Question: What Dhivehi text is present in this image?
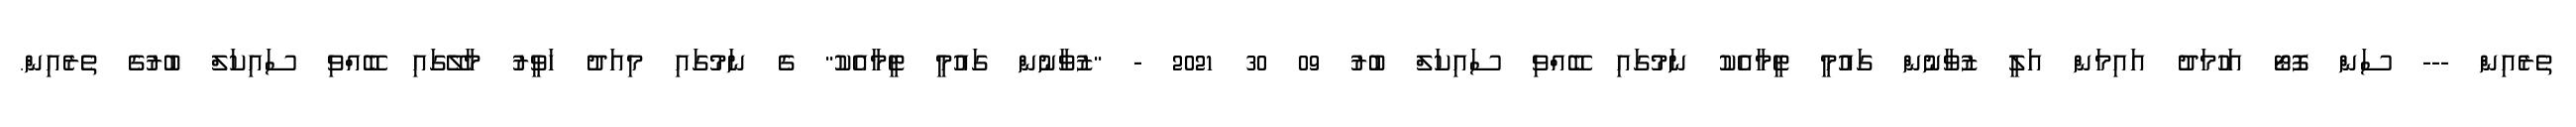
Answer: ތެރެއިން --- ސަން ފޮޓޯ އަހުމަދު އައިމަން އަލީ ޒުވާނުން ގައުމީ ޓީމާއެކު ނަމުގައި ބޭއްވި ސައިކަލް ބުރު 09 30 2021 - "ޒުވާނުން ގައުމީ ޓީމާއެކު" ގެ ނަމުގައި މިއަދު ހަވީރު މާލޭގައި ބޭއްވި ސައިކަލް ބުރުގެ ތެރެއިން.